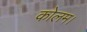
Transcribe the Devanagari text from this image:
कोलम।